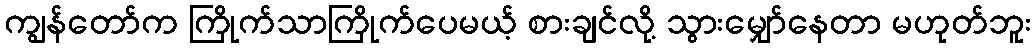
ကျွန်တော်က ကြိုက်သာကြိုက်ပေမယ့် စားချင်လို့ သွားမျှော်နေတာ မဟုတ်ဘူး